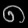
Digit: ၈